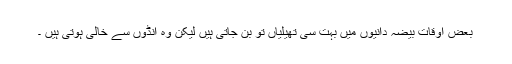
بعض اوقات بیضہ دانیوں میں بہت سی تھیلیاں تو بن جاتی ہیں لیکن وہ انڈوں سے خالی ہوتی ہیں ۔